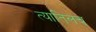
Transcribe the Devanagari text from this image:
त्यातिलच